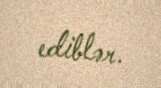
ediblər.